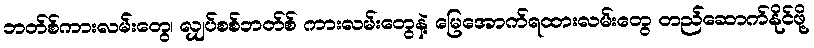
ဘတ်စ်ကားလမ်းတွေ၊ လျှပ်စစ်ဘတ်စ် ကားလမ်းတွေနဲ့ မြေအောက်ရထားလမ်းတွေ တည်ဆောက်နိုင်ဖို့